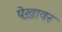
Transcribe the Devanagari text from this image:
पेख़ावर